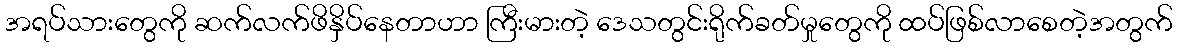
အရပ်သားတွေကို ဆက်လက်ဖိနှိပ်နေတာဟာ ကြီးမားတဲ့ ဒေသတွင်းရိုက်ခတ်မှုတွေကို ထပ်ဖြစ်လာစေတဲ့အတွက်